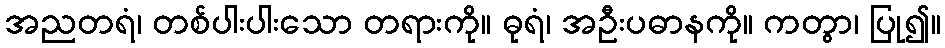
အညတရံ၊ တစ်ပါးပါးသော တရားကို။ ဓုရံ၊ အဦးပဓာနကို။ ကတွာ၊ ပြု၍။